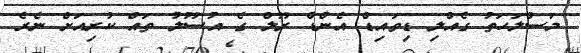
މަސްލަހަތު ގެއްލި ޑިވައިޑް އެންޑް ރޫލް ގެ އުސޫލު ތައް ކުރިއަށް ނެރެ